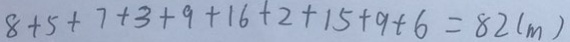
8 + 5 + 7 + 3 + 9 + 1 6 + 2 + 1 5 + 9 + 6 = 8 2 ( m )